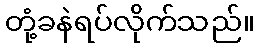
တုံ့ခနဲရပ်လိုက်သည်။